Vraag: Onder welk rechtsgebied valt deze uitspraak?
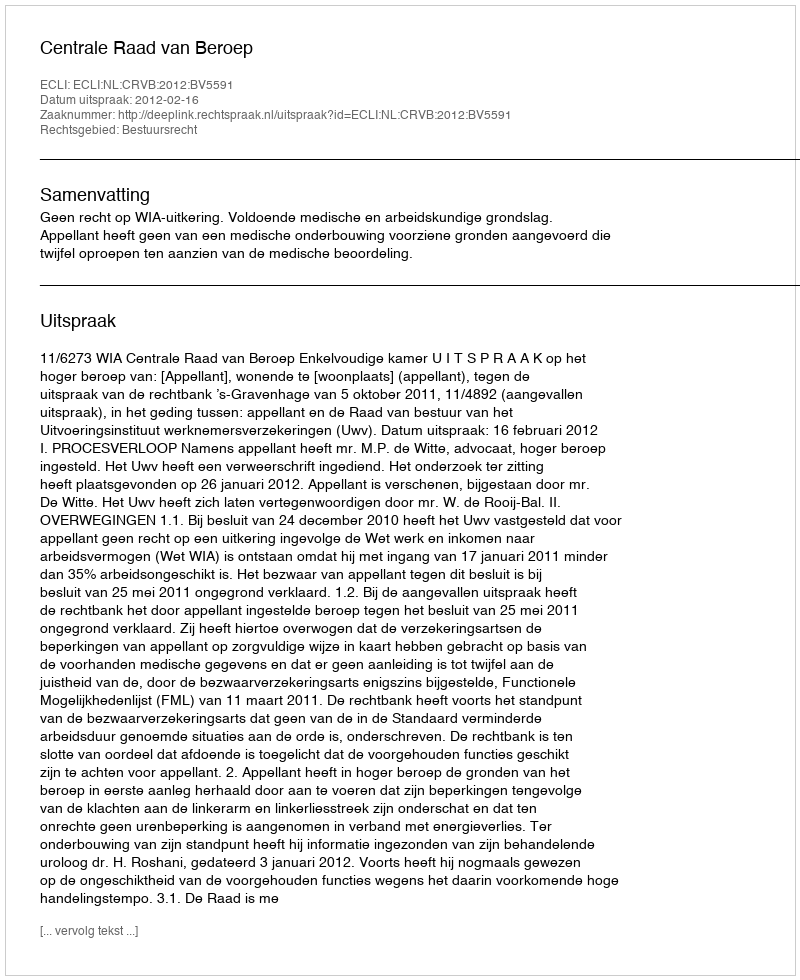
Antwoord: Bestuursrecht